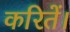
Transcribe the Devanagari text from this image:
करितें।